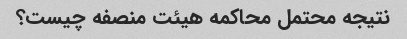
نتیجه محتمل محاکمه هیئت منصفه چیست؟